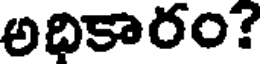
అధికారం?